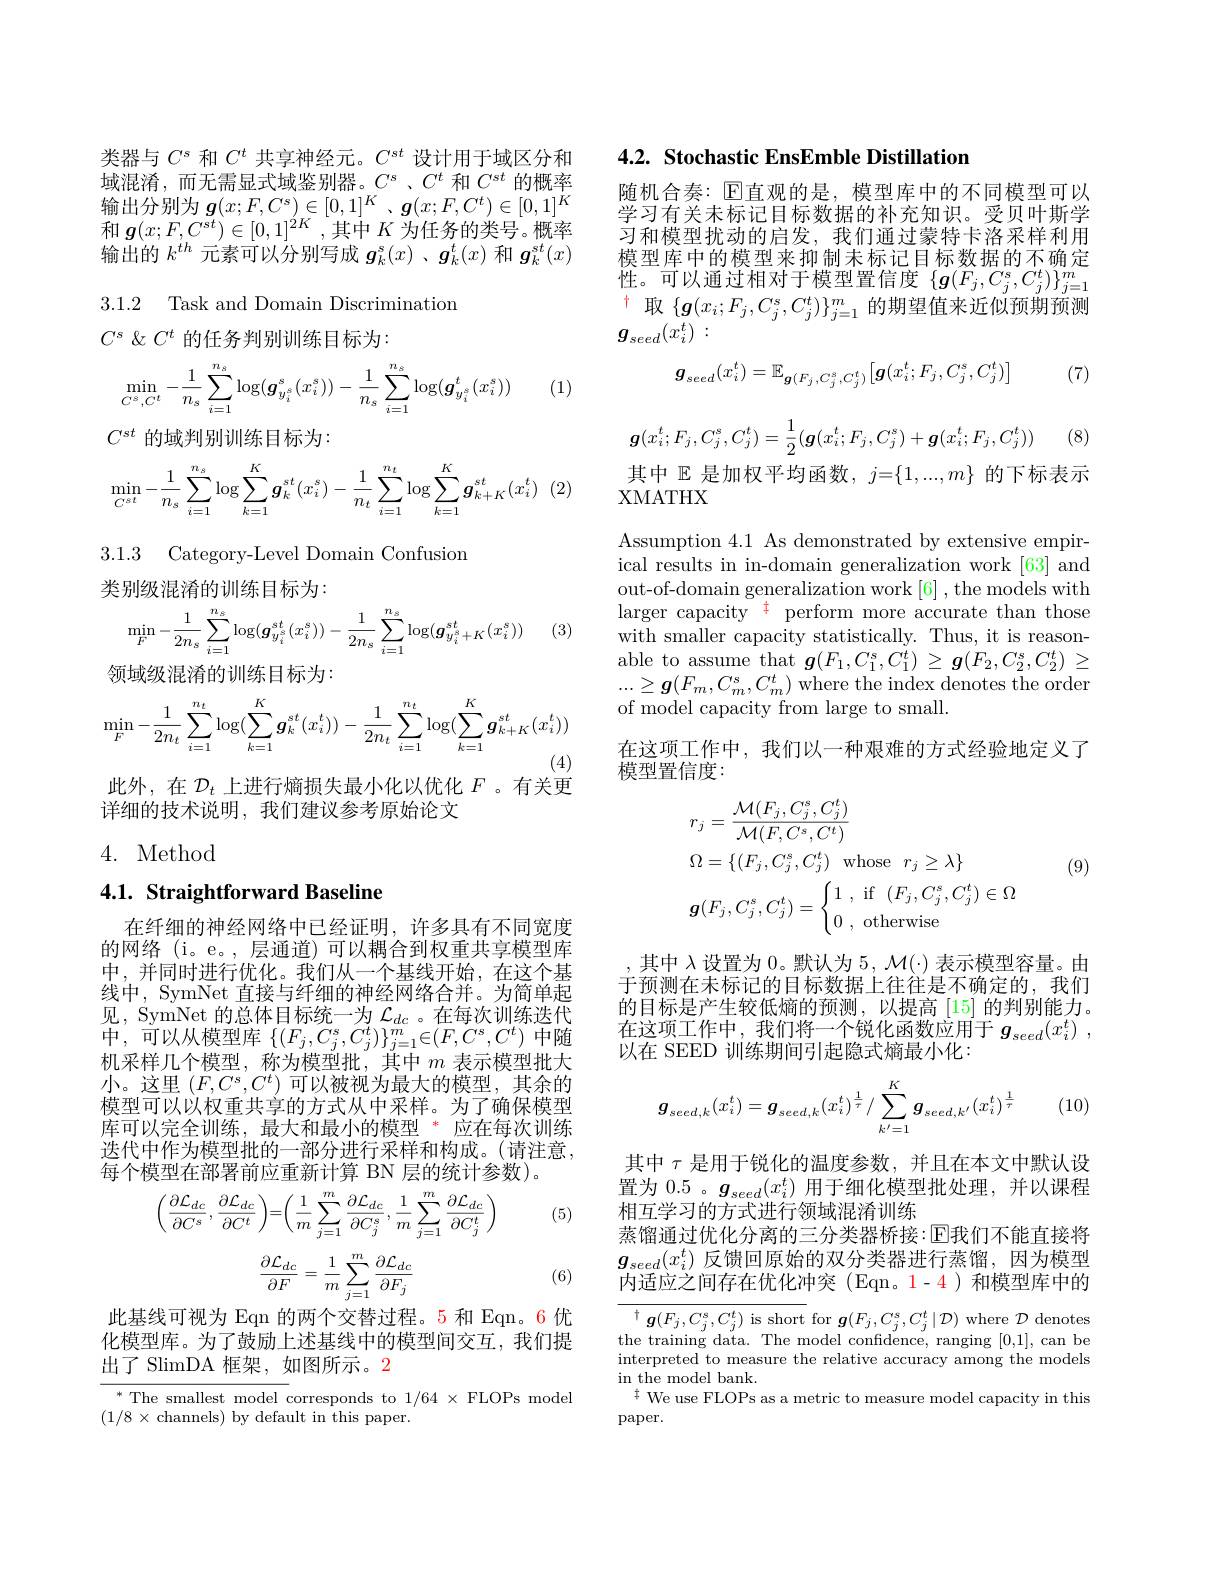
类器与$C^s$和$C^t$共享神经元。$C^{st}$设计用于域区分和域混淆，而无需显式域鉴别器。$C^s$、$C^t$和$C^st$的概率输出分别为$g( x; F, C^{s}) \in [ 0, 1] ^K$ $、 \boldsymbol{g}( x; F, C^{t}) \in [ 0, 1] ^{K}$ 和$\boldsymbol{g}(x;F,C^{st})\in[0,1]^{2K}$ ,其中$K$为任务的类号。概率输出的$k^{th}$元素可以分别写成$g_k^\mathrm{s}(x)$ 、$g_k^t(x)$和$g_k^{st}(x)$

3.1.2 Task and Domain Discrimination

$C^s\not\&C^t$的任务判别训练目标为：
$$\min_{C^s,C^t}-\frac{1}{n_s}\sum_{i=1}^{n_s}\log(\boldsymbol{g}_{y_i^s}^s(x_i^s))-\frac{1}{n_s}\sum_{i=1}^{n_s}\log(\boldsymbol{g}_{y_i^s}^t(x_i^s))$$
(1)

$C^{st}$的域判别训练目标为：
$$\begin{aligned}\min_{C^{st}}-\frac{1}{n_s}\sum_{i=1}^{n_s}\log\sum_{k=1}^K\boldsymbol{g}_k^{st}(x_i^s)-\frac{1}{n_t}\sum_{i=1}^{n_t}\log\sum_{k=1}^K\boldsymbol{g}_{k+K}^{st}(x_i^t)\end{aligned}$$
3.1.3 Category-Level Domain Confusion

类别级混淆的训练目标为：
$$\begin{aligned}\min_F-\frac{1}{2n_s}\sum_{i=1}^{n_s}\log(\boldsymbol{g}_{y_i^s}^{st}(x_i^s))-\frac{1}{2n_s}\sum_{i=1}^{n_s}\log(\boldsymbol{g}_{y_i^s+K}^{st}(x_i^s))\end{aligned}$$
(3)

领域级混淆的训练目标为：
$$\min_{F}-\frac{1}{2n_{t}}\sum_{i=1}^{n_{t}}\log(\sum_{k=1}^{K}\boldsymbol{g}_{k}^{st}(x_{i}^{t}))-\frac{1}{2n_{t}}\sum_{i=1}^{n_{t}}\log(\sum_{k=1}^{K}\boldsymbol{g}_{k+K}^{st}(x_{i}^{t}))$$
此外，在$\mathcal{D}_t$上进行熵损失最小化以优化$F$。有关更

详细的技术说明，我们建议参考原始论文

## 4. Method

## 4.1. Straightforward Baseline

在纤细的神经网络中已经证明，许多具有不同宽度的网络(i。e。,层通道)可以耦合到权重共享模型库中，并同时进行优化。我们从一个基线开始，在这个基线中，SymNet 直接与纤细的神经网络合并。为简单起见，SymNet 的总体目标统一为$\mathcal{L}_dc$。在每次训练迭代中，可以从模型库$\left\{(F_{j},C_{j}^{s},C_{j}^{t})\right\}_{j=1}^{m}\in(F,C^{s},C^{t})$中随机采样几个模型，称为模型批，其中$m$表示模型批大小。这里$(F,C^s,C^t)$可以被视为最大的模型，其余的模型可以以权重共享的方式从中采样。为了确保模型库可以完全训练，最大和最小的模型 * 应在每次训练迭代中作为模型批的一部分进行采样和构成。(请注意， 每个模型在部署前应重新计算 BN 层的统计参数)。

(5)
$$\left(\dfrac{\partial\mathcal{L}_{dc}}{\partial C^s},\dfrac{\partial\mathcal{L}_{dc}}{\partial C^t}\right)=\left(\dfrac{1}{m}\sum_{j=1}^{m}\dfrac{\partial\mathcal{L}_{dc}}{\partial C_j^s},\dfrac{1}{m}\sum_{j=1}^{m}\dfrac{\partial\mathcal{L}_{dc}}{\partial C_j^t}\right)$$
$$\begin{aligned}\frac{\partial\mathcal{L}_{dc}}{\partial F}=\frac{1}{m}\sum_{j=1}^{m}\frac{\partial\mathcal{L}_{dc}}{\partial F_{j}}\end{aligned}$$
(6)

此基线可视为 Eqn 的两个交替过程。5 和 Eqn。6 优化模型库。为了鼓励上述基线中的模型间交互，我们提出了 SlimDA 框架，如图所示。2

${\frac{^*\text{The smallest model }}{\mathrm{corresponds~to~1/64~\times~FLOPs~model}}}$
$(1/8\times$channels) by default in this paper.

## 4.2. Stochastic EnsEmble Distillation

随机合奏：$\mathbb{E}$直观的是，模型库中的不同模型可以学习有关未标记目标数据的补充知识。受贝叶斯学习和模型扰动的启发，我们通过蒙特卡洛采样利用模型库中的模型来抑制未标记目标数据的不确定性。可以通过相对于模型置信度$\{g(F_j,C_j^s,C_j^t)\}_{j=1}^m$ $^{\dagger}$取$\{\boldsymbol{g}(x_i;F_j,C_j^s,C_j^t)\}_{j=1}^m$的期望值来近似预期预测$g_{seed}(x_i^t):$

(7)
$$\boldsymbol{g}_{seed}(x_{i}^{t})=\mathbb{E}_{\boldsymbol{g}(F_{j},C_{j}^{s},C_{j}^{t})}\big[\boldsymbol{g}(x_{i}^{t};F_{j},C_{j}^{s},C_{j}^{t})\big]$$
$$\boldsymbol{g}(x_i^t;F_j,C_j^s,C_j^t)=\dfrac{1}{2}(\boldsymbol{g}(x_i^t;F_j,C_j^s)+\boldsymbol{g}(x_i^t;F_j,C_j^t))$$
(8)

其中$\mathbb{E}$是加权平均函数，$j=\{1,...,m\}$的下标表示
XMATHX

Assumption 4.1 As demonstrated by extensive empirical results in in-domain generalization work [63] and out-of-domain generalization work [6] , the models with larger capacity $^{\color{blue}{}0.} $ perform more accurate than those with smaller capacity statistically. Thus, it is reasonable to assume that $g(F_1,C_1^s,C_1^t)\geq g(F_2,C_2^s,C_2^t)\geq$ $...\geq\boldsymbol{g}(F_m,C_m^s,C_m^t)$ where the index denotes the order of model capacity from large to small.
在这项工作中，我们以一种艰难的方式经验地定义了
模型置信度：

(9)
$$\begin{aligned}&r_{j}=\frac{\mathcal{M}(F_{j},C_{j}^{s},C_{j}^{t})}{\mathcal{M}(F,C^{s},C^{t})}\\&\Omega=\{(F_{j},C_{j}^{s},C_{j}^{t})\:\mathrm{whose}\:r_{j}\geq\lambda\}\\&\boldsymbol{g}(F_{j},C_{j}^{s},C_{j}^{t})=\begin{cases}1\:,\:\mathrm{if}\:(F_{j},C_{j}^{s},C_{j}^{t})\in\Omega\\0\:,\:\mathrm{otherwise}\end{cases}\end{aligned}$$
,其中$\lambda$设置为 0。默认为 5$,\mathcal{M}(\cdot)$ 表示模型容量。由于预测在未标记的目标数据上往往是不确定的，我们的目标是产生较低熵的预测，以提高[15]的判别能力。在这项工作中，我们将一个锐化函数应用于$g_{seed}( x_i^t)$ , 以在 SEED 训练期间引起隐式熵最小化：
$$\boldsymbol{g}_{seed,k}(x_i^t)=\boldsymbol{g}_{seed,k}(x_i^t)^{\frac{1}{\tau}}/\sum_{k'=1}^K\boldsymbol{g}_{seed,k'}(x_i^t)^{\frac{1}{\tau}}$$
(10)

其中$\tau$是用于锐化的温度参数，并且在本文中默认设置为 0.5 。$g_{seed}(x_i^t)$用于细化模型批处理，并以课程相互学习的方式进行领域混淆训练
蒸馏通过优化分离的三分类器桥接：$\operatorname{E}$我们不能直接将$g_{seed}(x_i^t)$反馈回原始的双分类器进行蒸馏，因为模型内适应之间存在优化冲突(Eqn。1-4)和模型库中的

$^{\dagger}\boldsymbol{g}(F_j,C_j^s,C_j^t)$ is short for $\boldsymbol g(F_j,C_j^s,C_j^t|\mathcal{D})$ where $\mathcal{D}$ denotes the training data. The model confidence, ranging [0,1], can be interpreted to measure the relative accuracy among the models in the model bank.
$^{\ddagger}$ We use FLOPs as a metric to measure model capacity in this
paper.